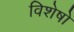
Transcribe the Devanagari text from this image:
विशेषो